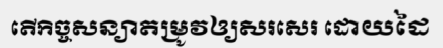
តើកិច្ចសន្យាតម្រូវឲ្យសរសេរ ដោយដៃ